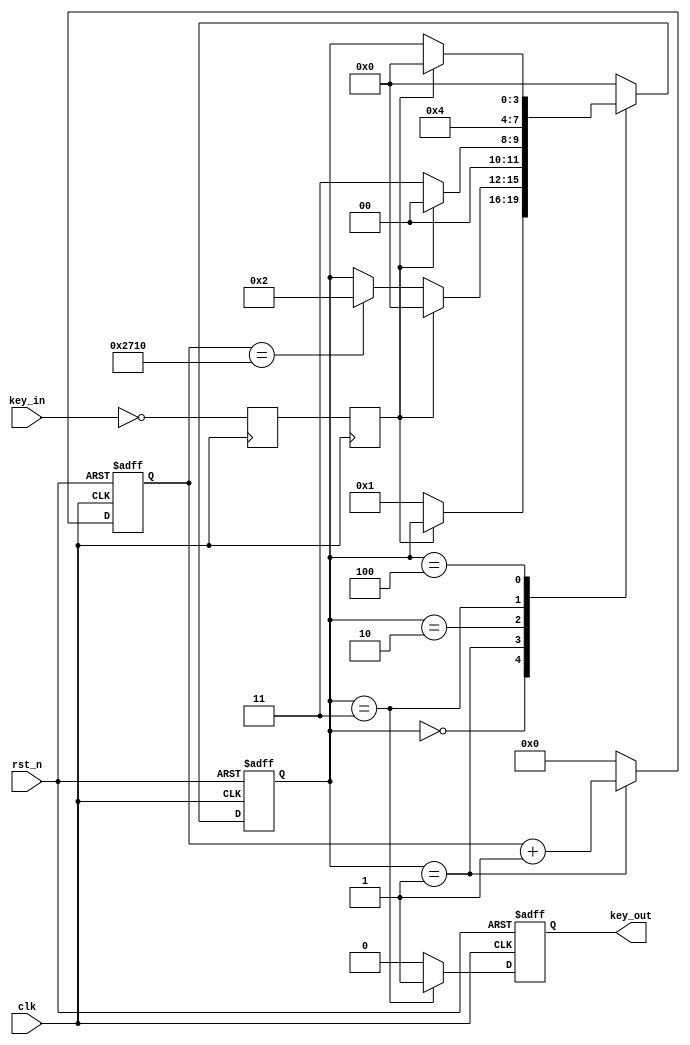
module key_xd(
		input clk,
		input rst_n,
		input key_in,
		output reg	key_out
		);
reg	[3:0] curr_st;
reg	[15:0] wait_cnt;
reg	[15:0] key_valid_cnt;
reg		key_in_ff1;
reg		key_in_ff2;
//parameter wait_time=50000;
//parameter key_valid_num=10000;
//for sim
parameter wait_time=10000;
parameter key_valid_num=1000;
parameter IDLE=4'd0,
					START=4'd1,
					WAIT=4'd2,
					KEY_VALID=4'd3,
					FINISH=4'd4;
always@(posedge clk)key_in_ff1<=~key_in;
always@(posedge clk)key_in_ff2<=key_in_ff1;
always@(posedge clk or negedge rst_n)
	begin
		if(!rst_n)
			curr_st<=IDLE;
		else
			case(curr_st)
				IDLE:
					begin
						if(key_in_ff2==0)
							curr_st<=START;
						else
							;
					end
				START:
					begin
						if(key_in_ff2==1)
							curr_st<=IDLE;
						else if(wait_cnt==wait_time)
							curr_st<=WAIT;
						else
							;
					end
				WAIT:
					begin
						if(key_in_ff2==1)
							curr_st<=IDLE;
						else if(key_in_ff2==0)
							curr_st<=KEY_VALID;
						else
							curr_st<=IDLE;
					end
				KEY_VALID:curr_st<=FINISH;
				FINISH:
					begin
						if(key_in_ff2==1)
							curr_st<=IDLE;
						else
							;
					end
				default:curr_st<=IDLE;
			endcase
	end
	always@(posedge clk or negedge rst_n)
		begin
			if(!rst_n)
				wait_cnt<=0;
			else if(curr_st==START)
				wait_cnt<=wait_cnt+1;
			else
				wait_cnt<=0;
		end
	always@(posedge clk or negedge rst_n)
		begin
			if(!rst_n)
				key_valid_cnt<=0;
			else if(curr_st==KEY_VALID)
				key_valid_cnt<=key_valid_cnt+1;
			else
				key_valid_cnt<=0;
		end
	always@(posedge clk or negedge rst_n)
		begin
			if(!rst_n)
				key_out<=0;
			else if(curr_st==KEY_VALID)
				key_out<=1;
			else
				key_out<=0;
		end
	endmodule